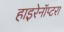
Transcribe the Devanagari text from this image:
हाइरेनॉप्टरा